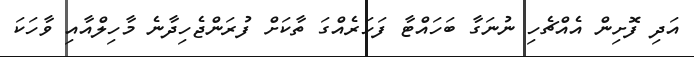
އަދި ފޮށިން އެއްޗެހި ނުނަގާ ބަހައްޓާ ފަހަރެއްގަ ތާކަށް ފުރަންޖެހިދާނެ މާހިލްއާއި ވާހަކަ